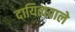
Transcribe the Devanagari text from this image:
दायित्ववाले